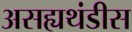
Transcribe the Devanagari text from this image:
असह्यथंडीस